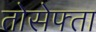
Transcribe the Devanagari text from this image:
तोसेफ्ता